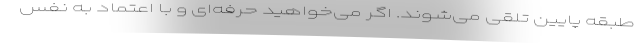
طبقه پایین تلقی می‌شوند. اگر می‌خواهید حرفه‌ای و با اعتماد به نفس